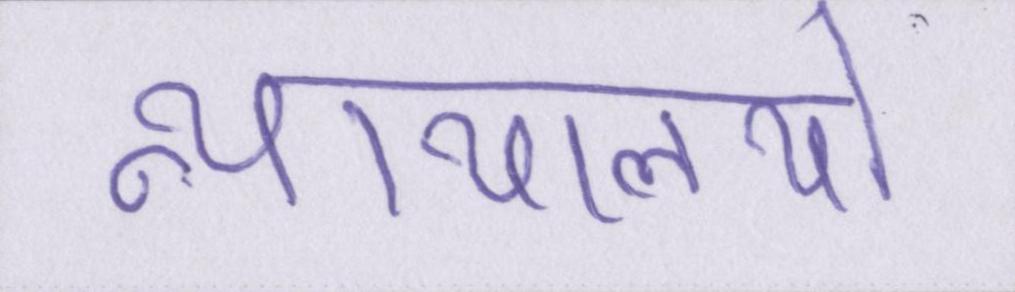
न्यायालयो